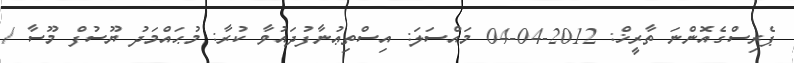
ޕެރިސްގެއޮންނަ ތާރީޚް: 2012-04-04 މައްސަލަ: އިސްތިޢުނާފުދައުވާ ކުރާ: މުޙައްމަދު ޔޫސުފް މޫސާ /